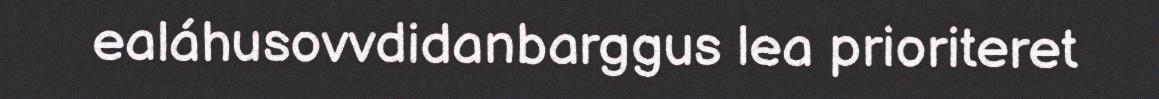
ealáhusovvdidanbarggus lea prioriteret